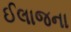
ઈલાજના